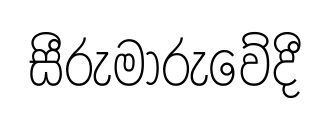
සීරුමාරුවේදී